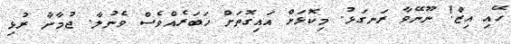
ހޭއި އިޒް! ނޫނޭވާ ރަނގަޅު. މިކޮޅަށް އައިގޮތަށް ޚަބަރެއްވެސް ވެނުލާ. ޖުމާނާ ރުޅި